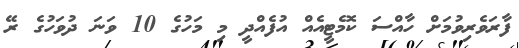
ފާރަވެރިވުމަށް ހާއްސަ ކޮމެޓީއެއް އުފެއްދީ މި މަހުގެ 10 ވަނަ ދުވަހުގެ ރޭ